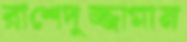
রাশেদুজ্জামান